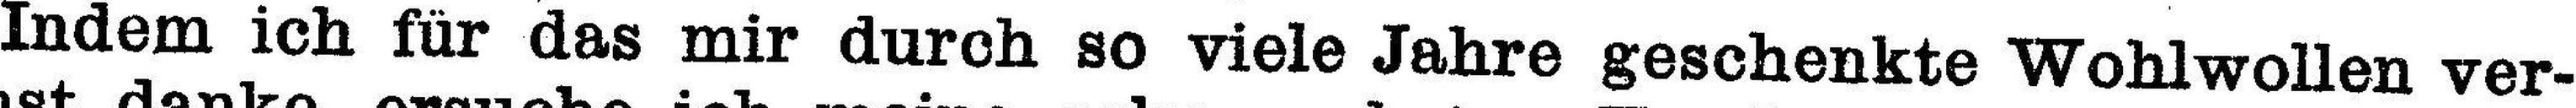
Indem ich für das mir durch so viele Jahre geschenkte Wohlwollen ver¬